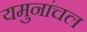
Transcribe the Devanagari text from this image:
यमुनांचल